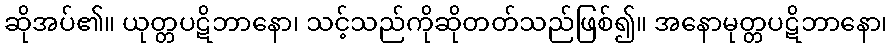
ဆိုအပ်၏။ ယုတ္တပဋိဘာနော၊ သင့်သည်ကိုဆိုတတ်သည်ဖြစ်၍။ အနောမုတ္တပဋိဘာနော၊